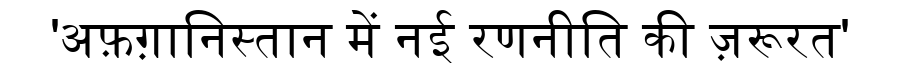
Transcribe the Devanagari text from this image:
'अफ़ग़ानिस्तान में नई रणनीति की ज़रूरत'